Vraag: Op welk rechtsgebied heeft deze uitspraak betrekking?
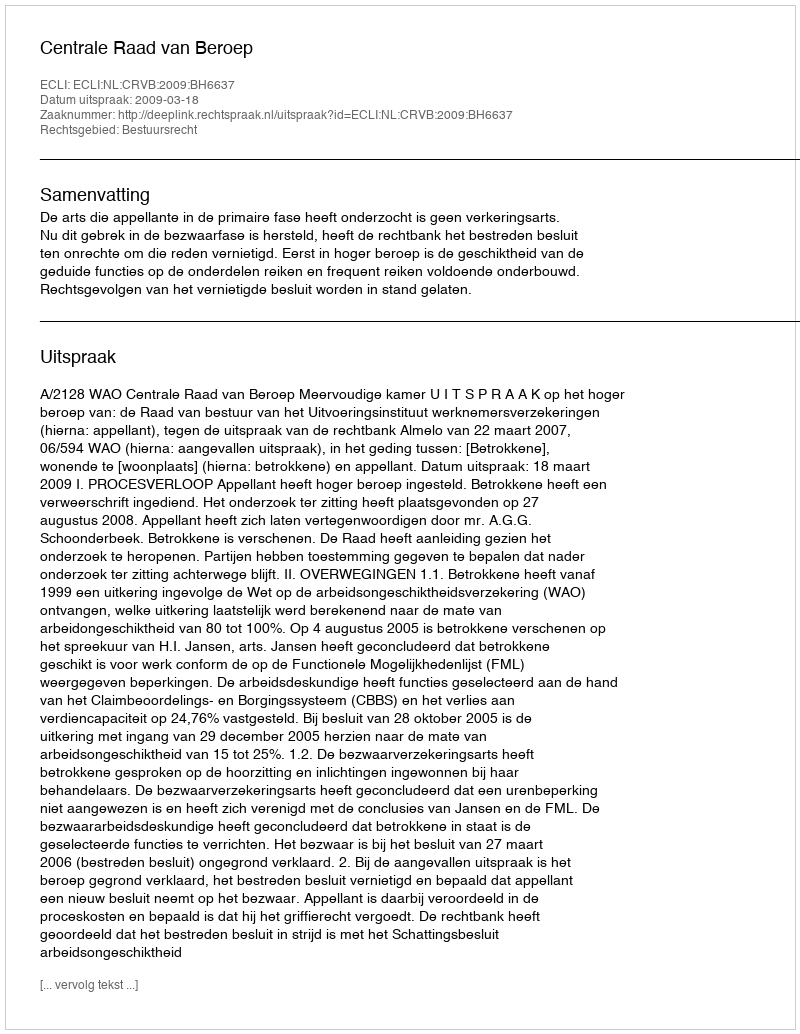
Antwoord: Bestuursrecht